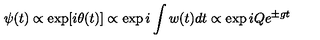
\psi ( t ) \propto \exp [ i \theta ( t ) ] \propto \exp i \int w ( t ) d t \propto \exp i Q e ^ { \pm g t }